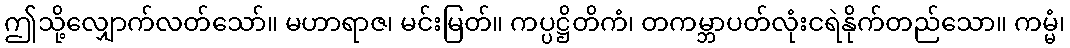
ဤသို့လျှောက်လတ်သော်။ မဟာရာဇ၊ မင်းမြတ်။ ကပ္ပဋ္ဌိတိကံ၊ တကမ္ဘာပတ်လုံးငရဲနိုက်တည်သော။ ကမ္မံ၊